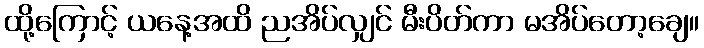
ထို့ကြောင့် ယနေ့အထိ ညအိပ်လျှင် မီးပိတ်ကာ မအိပ်တော့ချေ။